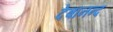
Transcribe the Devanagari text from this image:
देबानन्द